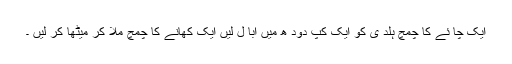
ایک چا ئے کا چمچ ہلد ی کو ایک کپ دود ھ میں اُبا ل لیں ایک کھانے کا چمچ ملا کر میٹھا کر لیں ۔